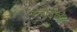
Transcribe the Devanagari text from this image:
ग्लाईकैन